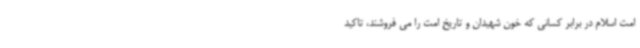
امت اسلام در برابر کسانی که خون شهیدان و تاریخ امت را می فروشند، تاکید